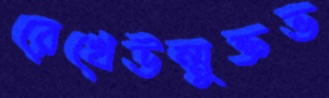
রেখেউন্মুক্তভ